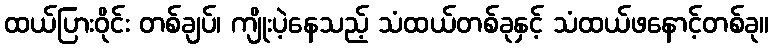
ထယ်ပြားဝိုင်း တစ်ချပ်၊ ကျိုးပဲ့နေသည့် သံထယ်တစ်ခုနှင့် သံထယ်ဖနောင့်တစ်ခု။